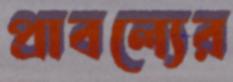
প্রাবল্যের